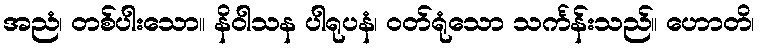
အညံ၊ တစ်ပါးသော။ နိဝါသန ပါရုပနံ၊ ဝတ်ရုံသော သင်္ကန်းသည်။ ဟောတိ၊